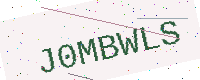
Text: J0MBWLS